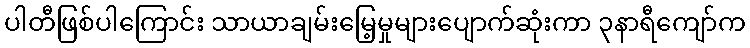
ပါတီဖြစ်ပါကြောင်း သာယာချမ်းမြေ့မှုများပျောက်ဆုံးကာ ၃နာရီကျော်က